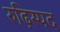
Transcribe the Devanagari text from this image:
रुढ़िस्पद